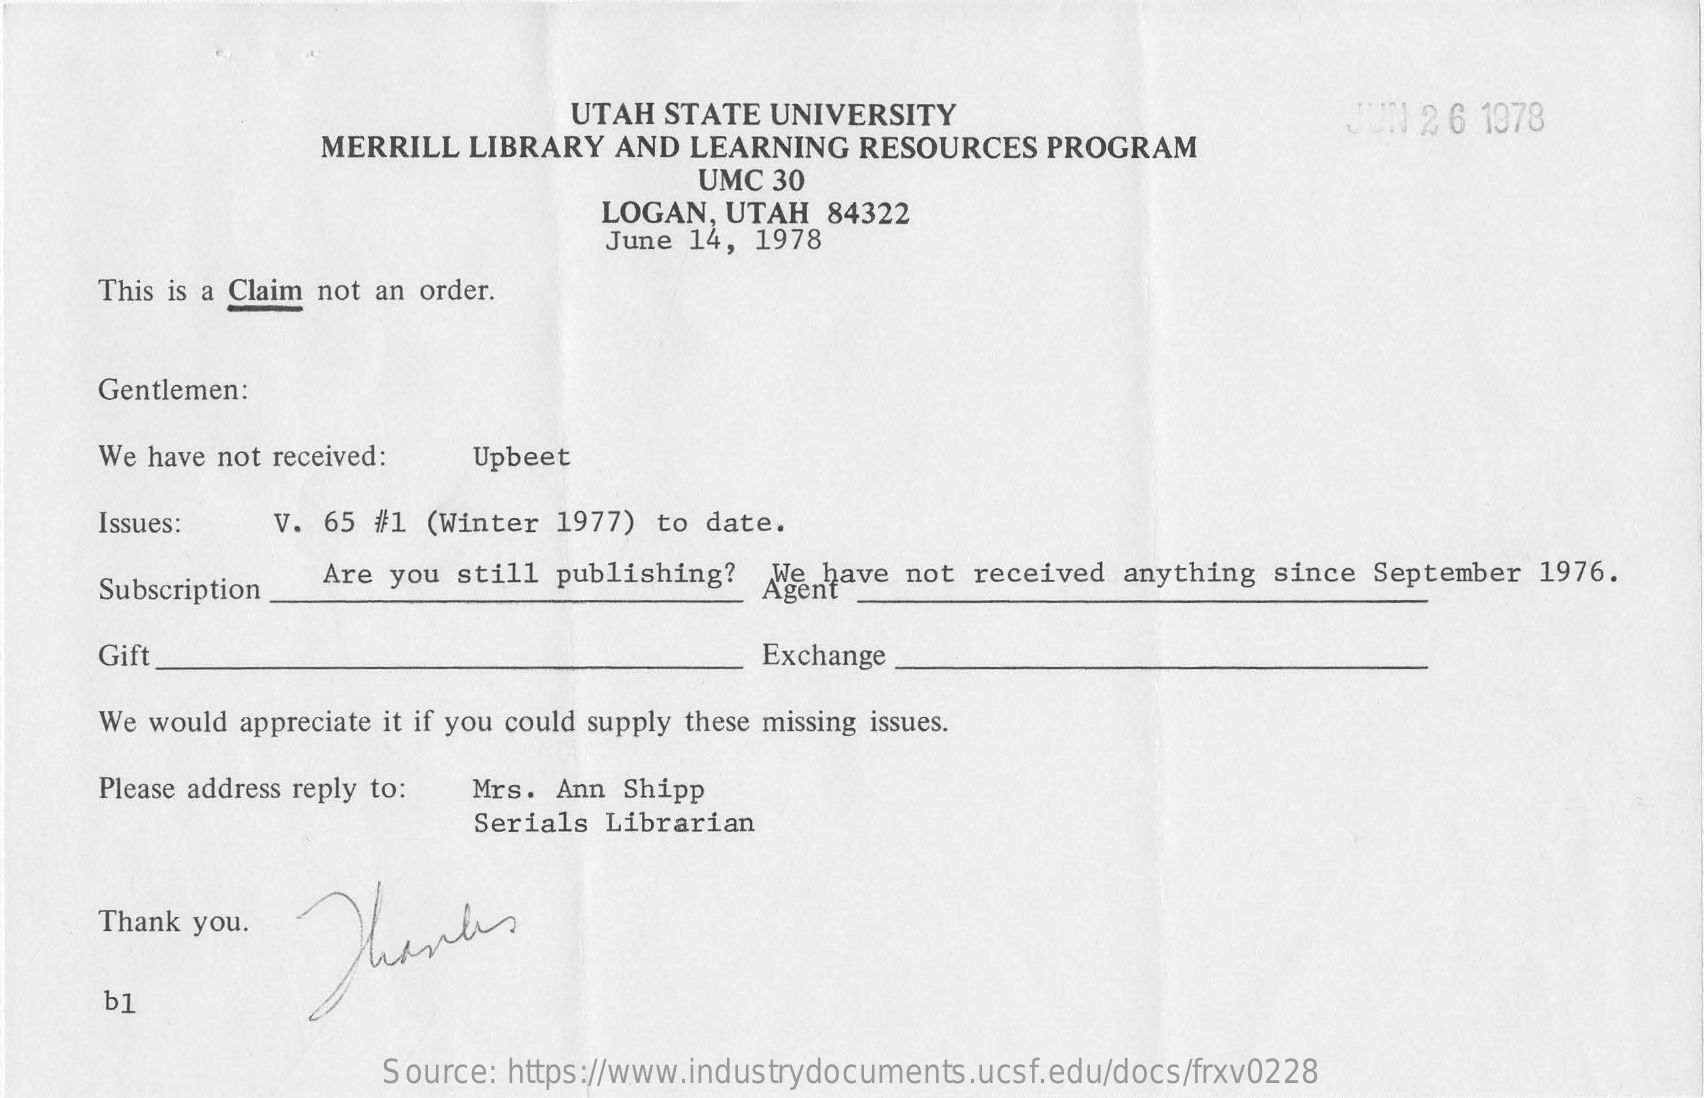
UTAH  STATE  UNIVERSITY
     MERRILL   LIBRARY  AND  LEARNING  RESOURCES   PROGRAM
     JUN  2 6 1978
     UMC  30
     LOGAN,  UTAH  84322
     June 14, 1978
     This is a Claim not an order.
     Gentlemen:
     We have not received:  Upbeet
     Issues:    V. 65 #1 (Winter 1977)  to date.
     Subscription
     Are you still publishing?
     Agent
     We have not  received anything  since September  1976.
     Gift    Exchange
     We would appreciate it if you could supply these missing issues.
     Please address reply to: Mrs. Ann Shipp
     Serials Librarian
     Thank you.  Thank
     b1
     Source: https://www.industrydocuments.ucsf.edu/docs/frxv0228